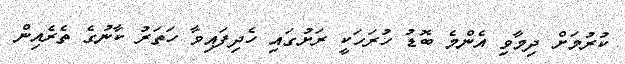
ކުރުމަށް ދިމާވި އެންމެ ބޮޑު ހުރަހަކީ ރަށުގައި ހެދިފައިވާ ހަތަރު ކާނުގެ ތެރެއިން